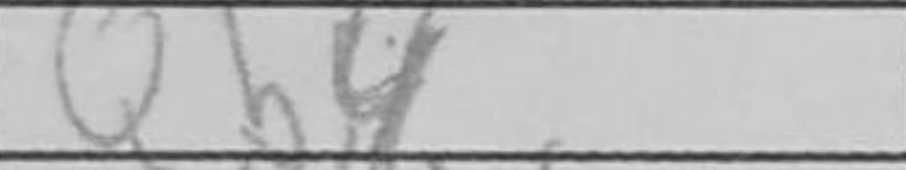
Transcription: Qb4